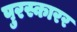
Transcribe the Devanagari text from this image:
पुरस्कारर